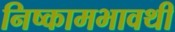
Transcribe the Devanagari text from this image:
निष्कामभावथी